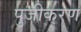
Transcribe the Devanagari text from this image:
पुजीकरण